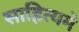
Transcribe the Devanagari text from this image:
साहित्यमे